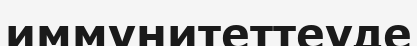
иммунитеттеуде